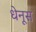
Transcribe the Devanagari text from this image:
धेनूस